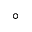
^ \circ